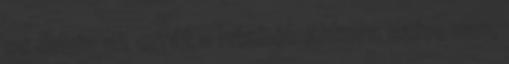
se dugja az orrát a házból. Akkora szíve van,